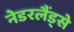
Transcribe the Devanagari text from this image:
नेडरलैंड्से